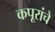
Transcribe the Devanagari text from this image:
कपूरांचे